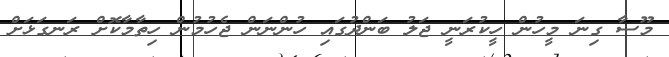
މޫސާ ގިނަ މީހުން ހީކުރަނީ ޖަލު ބަންދުގައި ހުންނަން ޖެހުމުން ހިތާމާކޮށް ރަނގަޅަށް